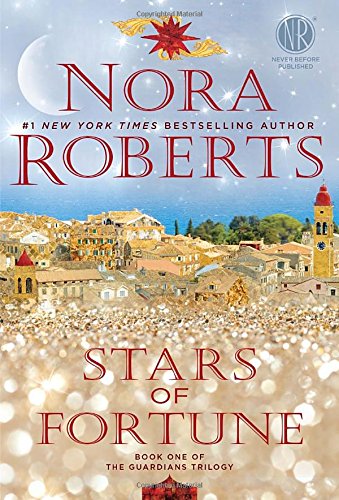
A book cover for Stars of Fortune: Book One of the Guardians Trilogy; Nora Roberts; Science Fiction & Fantasy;